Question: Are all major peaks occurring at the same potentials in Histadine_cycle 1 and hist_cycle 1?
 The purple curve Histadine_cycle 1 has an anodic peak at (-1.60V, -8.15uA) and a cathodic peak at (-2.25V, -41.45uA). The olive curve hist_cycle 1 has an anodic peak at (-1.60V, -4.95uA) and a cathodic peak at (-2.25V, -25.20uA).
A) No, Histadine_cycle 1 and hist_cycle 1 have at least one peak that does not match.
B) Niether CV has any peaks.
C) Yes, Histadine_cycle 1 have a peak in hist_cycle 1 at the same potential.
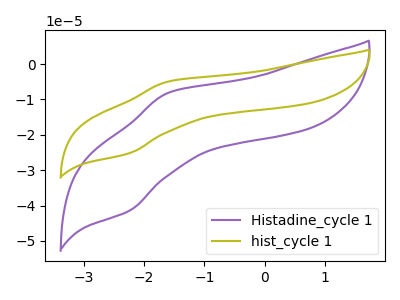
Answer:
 <answer>C) Yes, "Histadine_cycle 1" have a peak in "hist_cycle 1" at the same potential.</answer>
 <eval>C</eval>